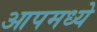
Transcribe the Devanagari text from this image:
आपमध्ये